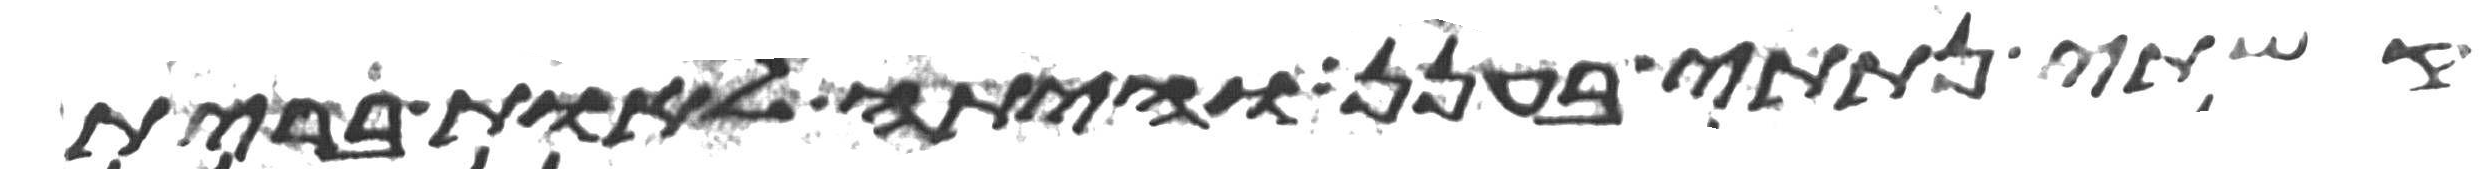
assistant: קשתי נתתי בענן והיתה לאות ברית